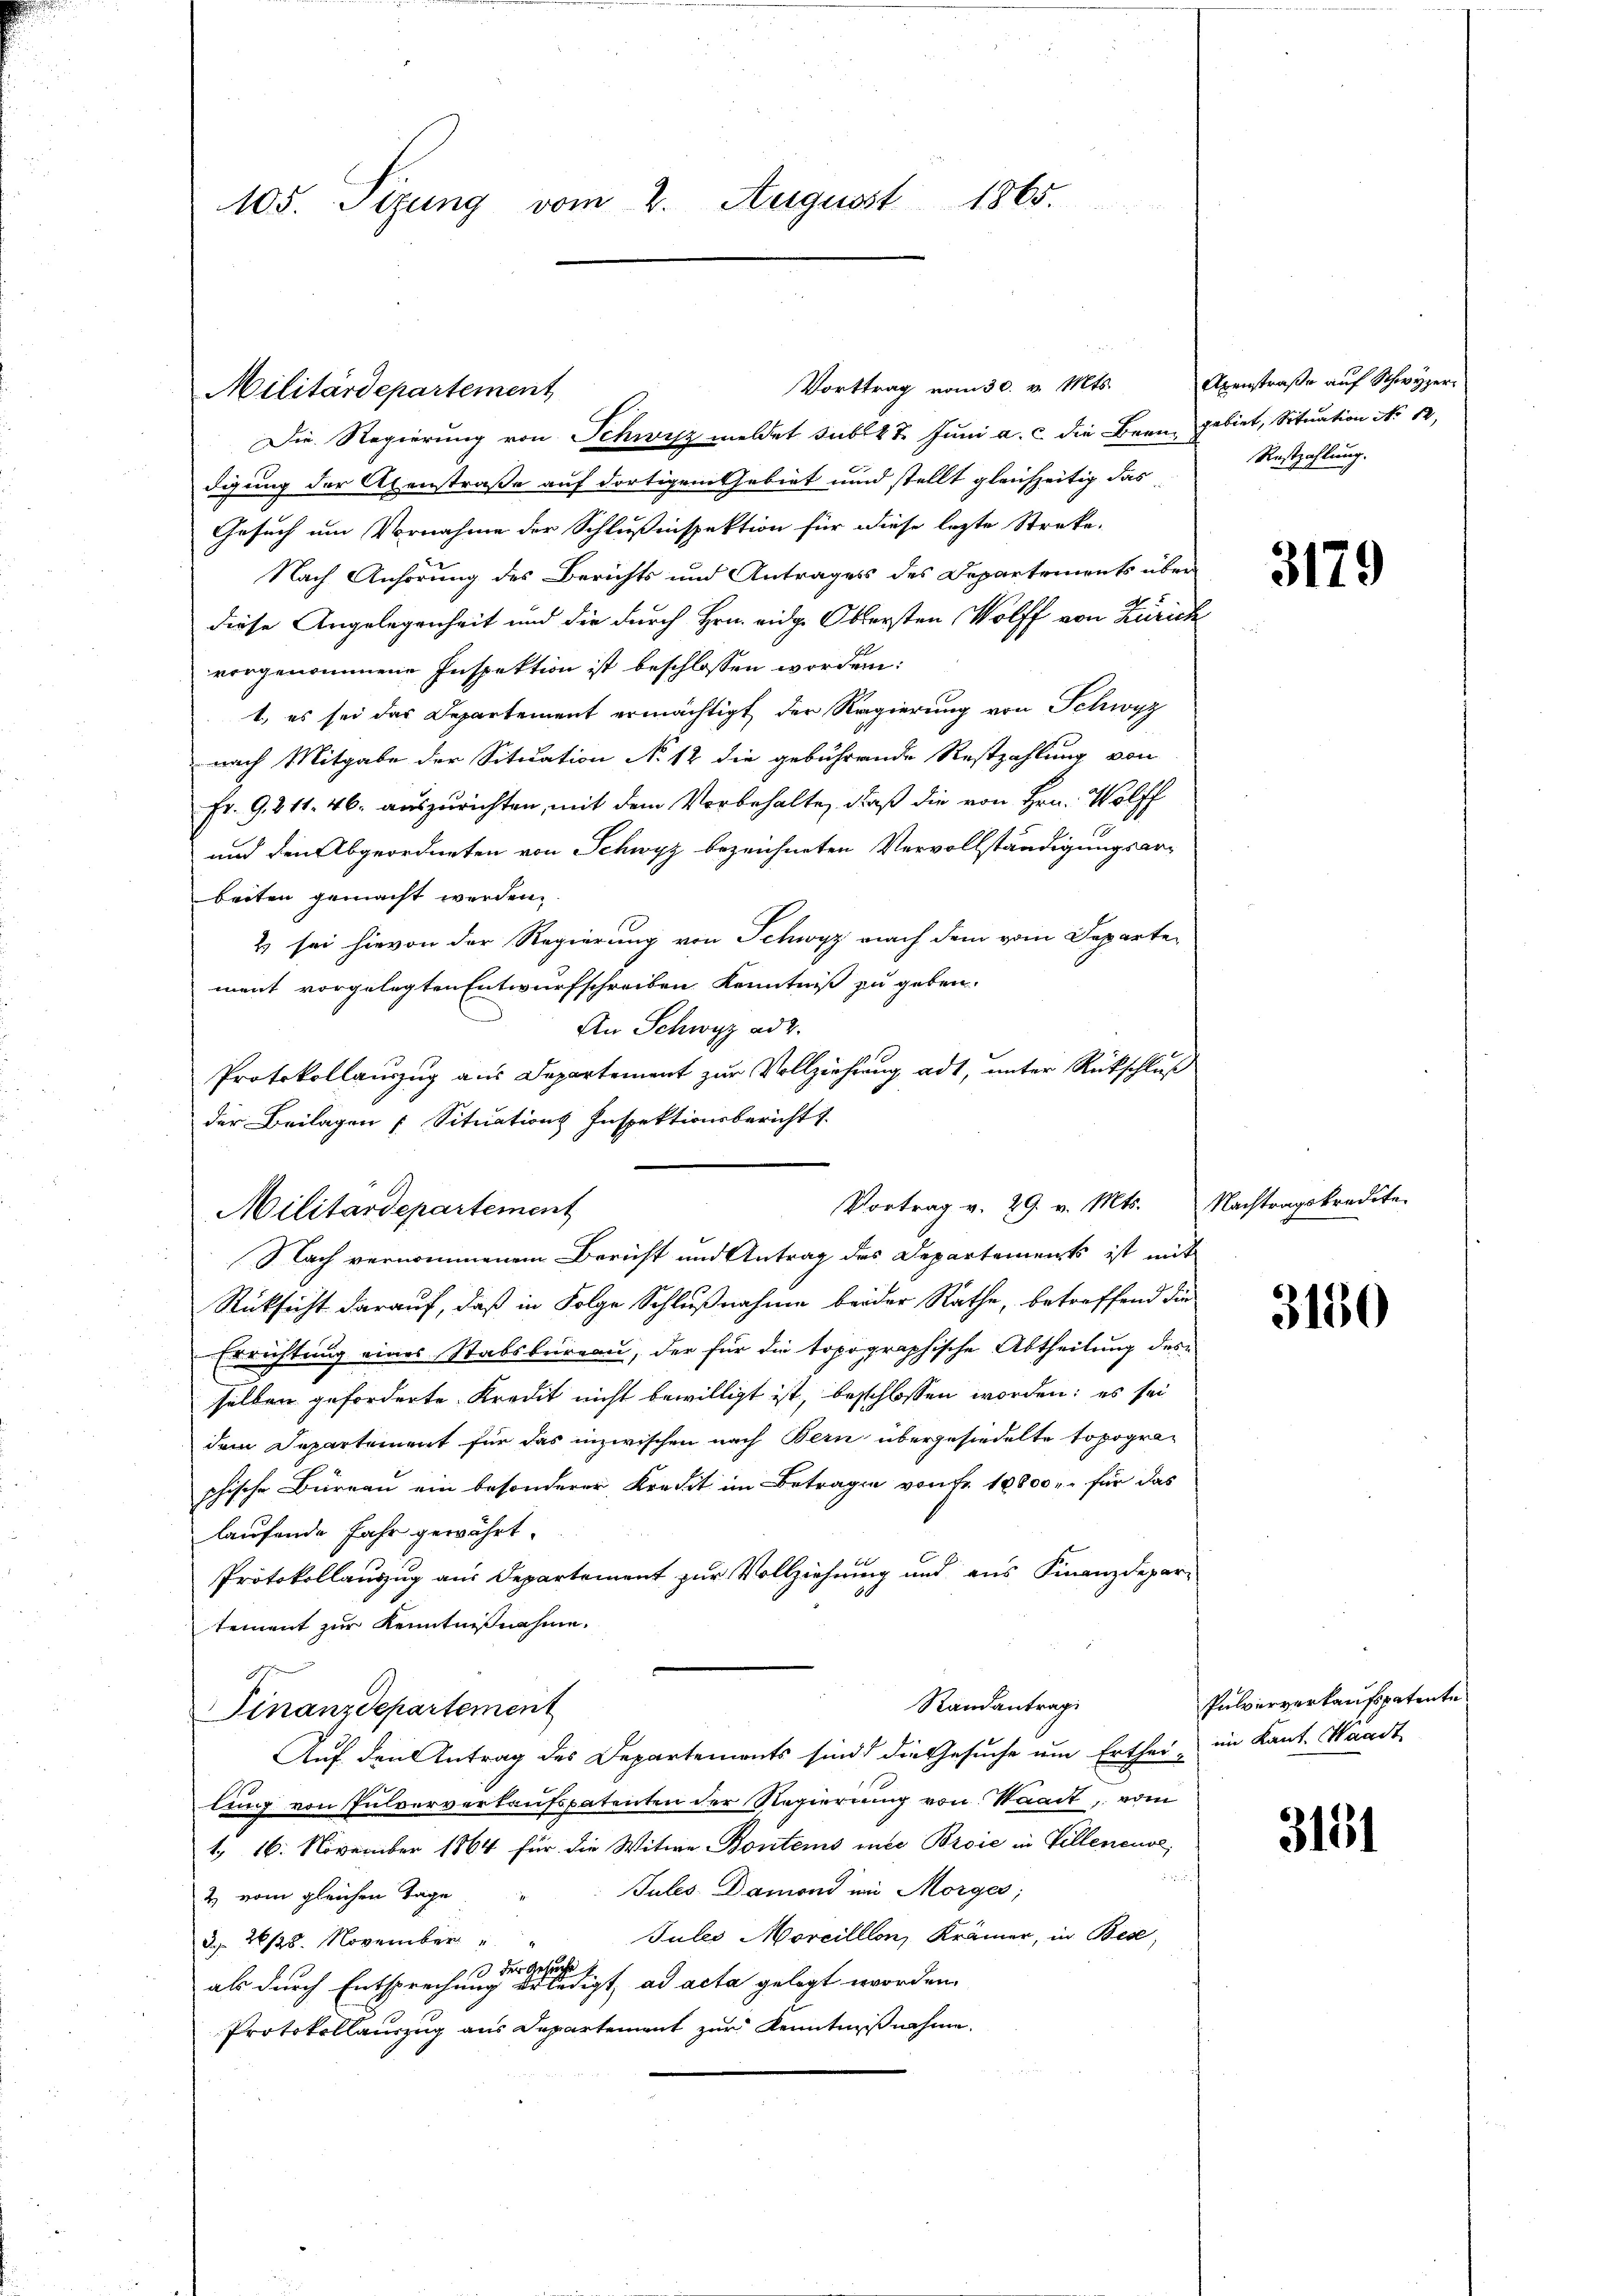
105. Sizung vom 2. August 1865.

Militärdepartement

Vorttrag vom 30. v. Mts.
Die Regierung von Schwisz meldet sub 27. Juni a. c. die Bern gebiet, Situation No 12,
digung der Axenstraße auf dortigem Gebiet und stellt gleichzeitig das
Gesuch um Vornahme der Schlußinspektion für diese lezte Streke-
Nach Anhörung des Berichts und Antrages des Departements über
diese Angelegenheit und die durch Hrn. eidg. Obersten Wolff von Zürich
vorgenommene Inspektion ist beschlossen worden:
t, es sei das Departement ermächtigt der Regierung von Schwyz
nach Mitgabe der Situation No 12 die gebührende Restzahlung von
Fr. 9. 211. 46. auszurichten, mit dem Vorbehalte, daß die von Hrn. Wolff
und den Abgeordneten von Schwyz bezeichneten Vervollständigungsarbeiten gemacht werden.
2 sei hievon der Regierung von Schwyz nach dem vom Departe-
ment vorgelegten Entwurfschreiben Kenntniß zu geben.
An Schwyz ad 2.
Protokollauszug aus Departement zur Vollziehung adt, unter Rückschluß
der Beilagen Situations Inspektionsbericht s
Militärdepartement
Nach vernommenem Bericht und Antrag des Departements ist mit
Rücksicht darauf, daß in Folge Schlußnahme beider Rathe, betreffend die
Errichtung eines Stabsbureau, der für die topographische Abtheilung des
selben geforderte Kredit nicht bewilligt ist, beschlossen worden; es sei
dem Departement für das inzwischen nach Bern übergesiedelte Topographische Büreau ein besonderer Kredit im Betragen von Fr. 18800 r. für das
laufende Jahr gewährt.
Protokollauszug aus Departement zur Vollziehung und aus Finanzdepartement zur Kenntnisnahme.
Randantrag
Finanzdepartement
Auf den Antrag des Departements sind die Gesuche um Erthei- im Kant. Waadt
ling von Pulververkaufspatenten der Regierung von Waadt, vom
1, 16. November 1864 für die Witwe Kontems inde Broie in Villeneuve,
h
Jules. Damond im Morges;
2 vom gleichen Tage
Jules Morcilllon, Krämer, in Bese
§ 26/25. November
der Gesuchte
0
als durch Entsprechung erledigt, ad acta gelegt worden,
Protokollauszug aus Departement zur Kenntnisnahme.

Vortrag v. 29. v. Mts. Nachtragskredite

Abenstraße auf Schwyzer
Restzahlung.

3179

3150

Pulververkaufspatente

3151